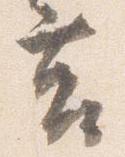
莒